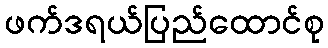
ဖက်ဒရယ်ပြည်ထောင်စု